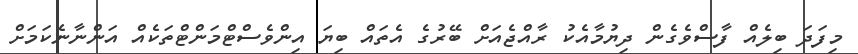
މިފަދަ ބިލެއް ފާސްވެގެން ދިޔުމާއެކު ރާއްޖެއަށް ބޭރުގެ އެތައް ބިޔަ އިންވެސްޓްމަންޓްތަކެއް އަންނާނެކަމަށް